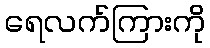
ရေလက်ကြားကို